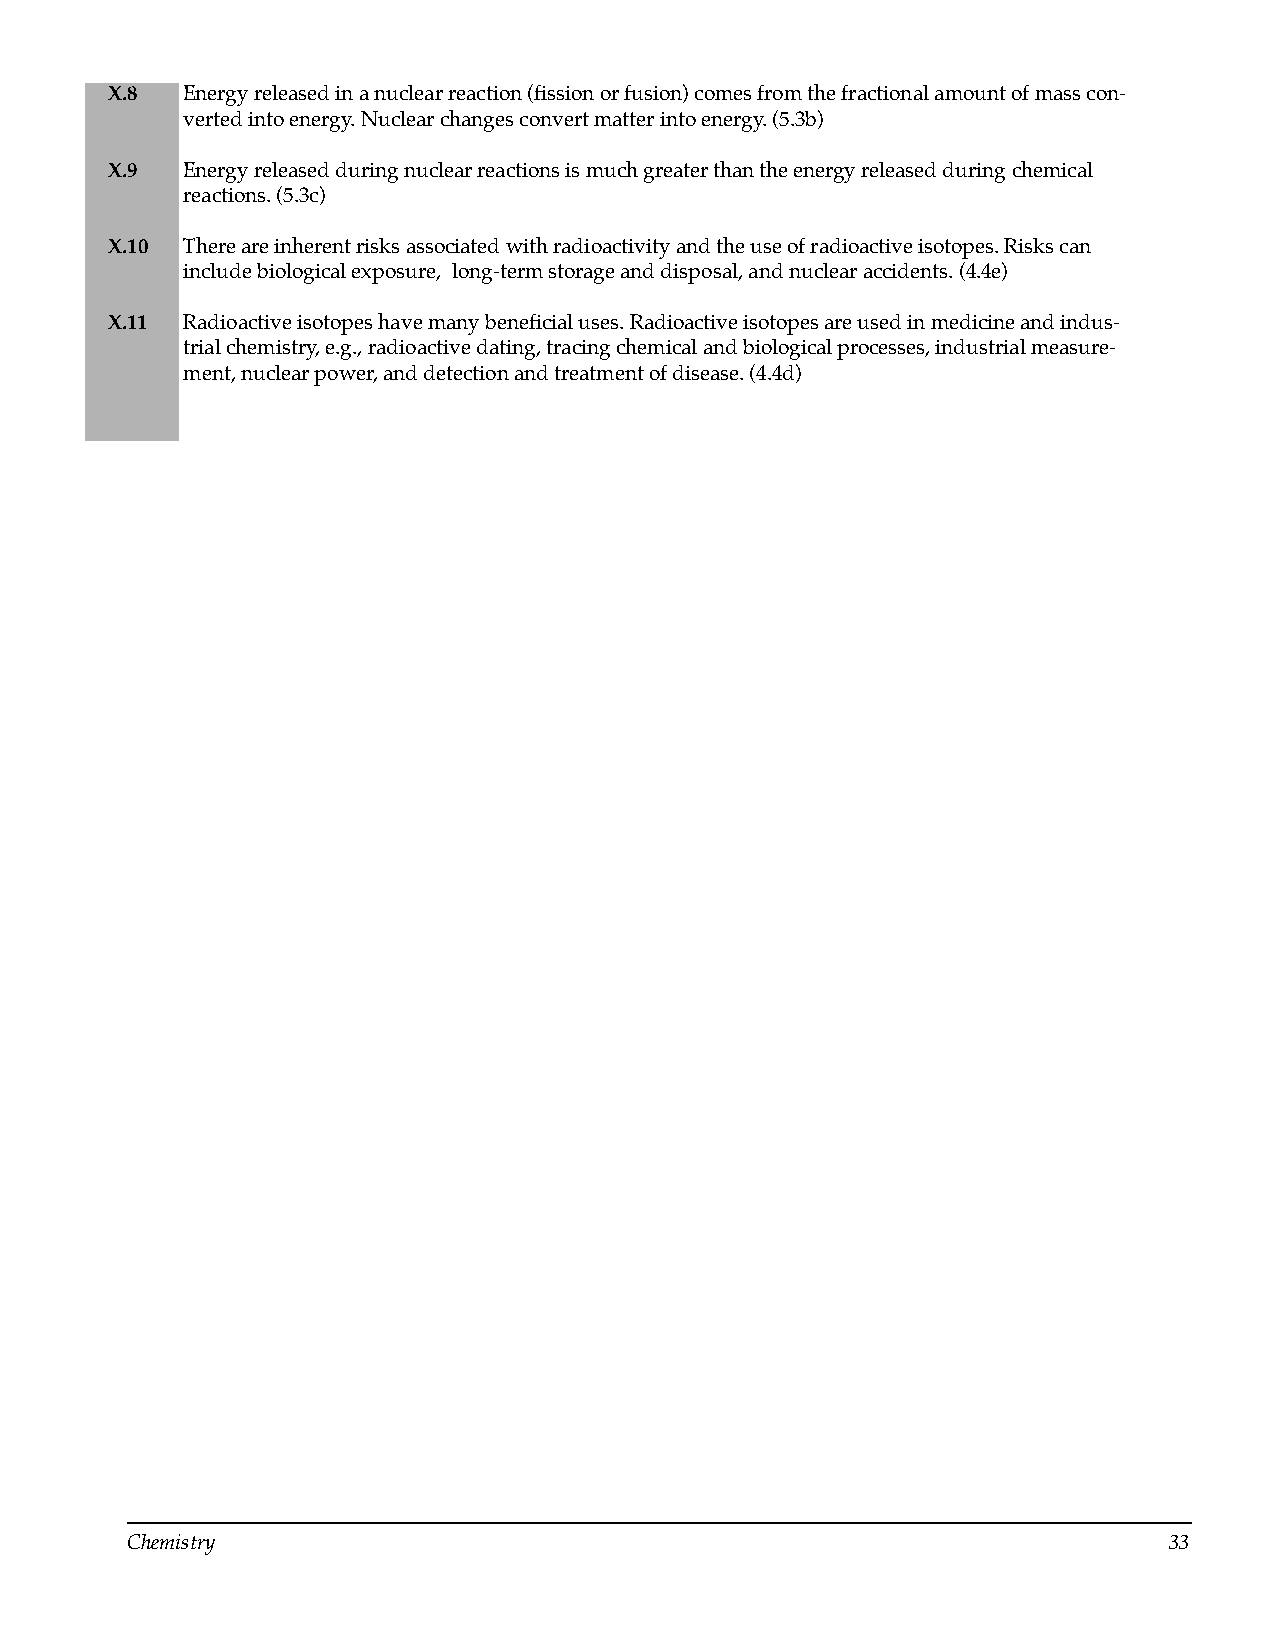
X.8  Energy released in a nuclear reaction (fission or fusion) comes from the fractional amount of mass con­
 verted into energy. Nuclear changes convert matter into energy. (5.3b)
 X.9  Energy released during nuclear reactions is much greater than the energy released during chemical
 reactions. (5.3c)
 X.10 There are inherent risks associated with radioactivity and the use of radioactive isotopes. Risks can
 include biological exposure, long-term storage and disposal, and nuclear accidents. (4.4e)
 X.11 Radioactive isotopes have many beneficial uses. Radioactive isotopes are used in medicine and indus­
 trial chemistry, e.g., radioactive dating, tracing chemical and biological processes, industrial measure­
 ment, nuclear power, and detection and treatment of disease. (4.4d)
 Chemistry                                                            33